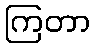
ကြတာ